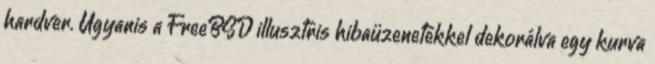
hardver. Ugyanis a FreeBSD illusztris hibaüzenetekkel dekorálva egy kurva